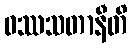
ဝဿသတာနီတိ